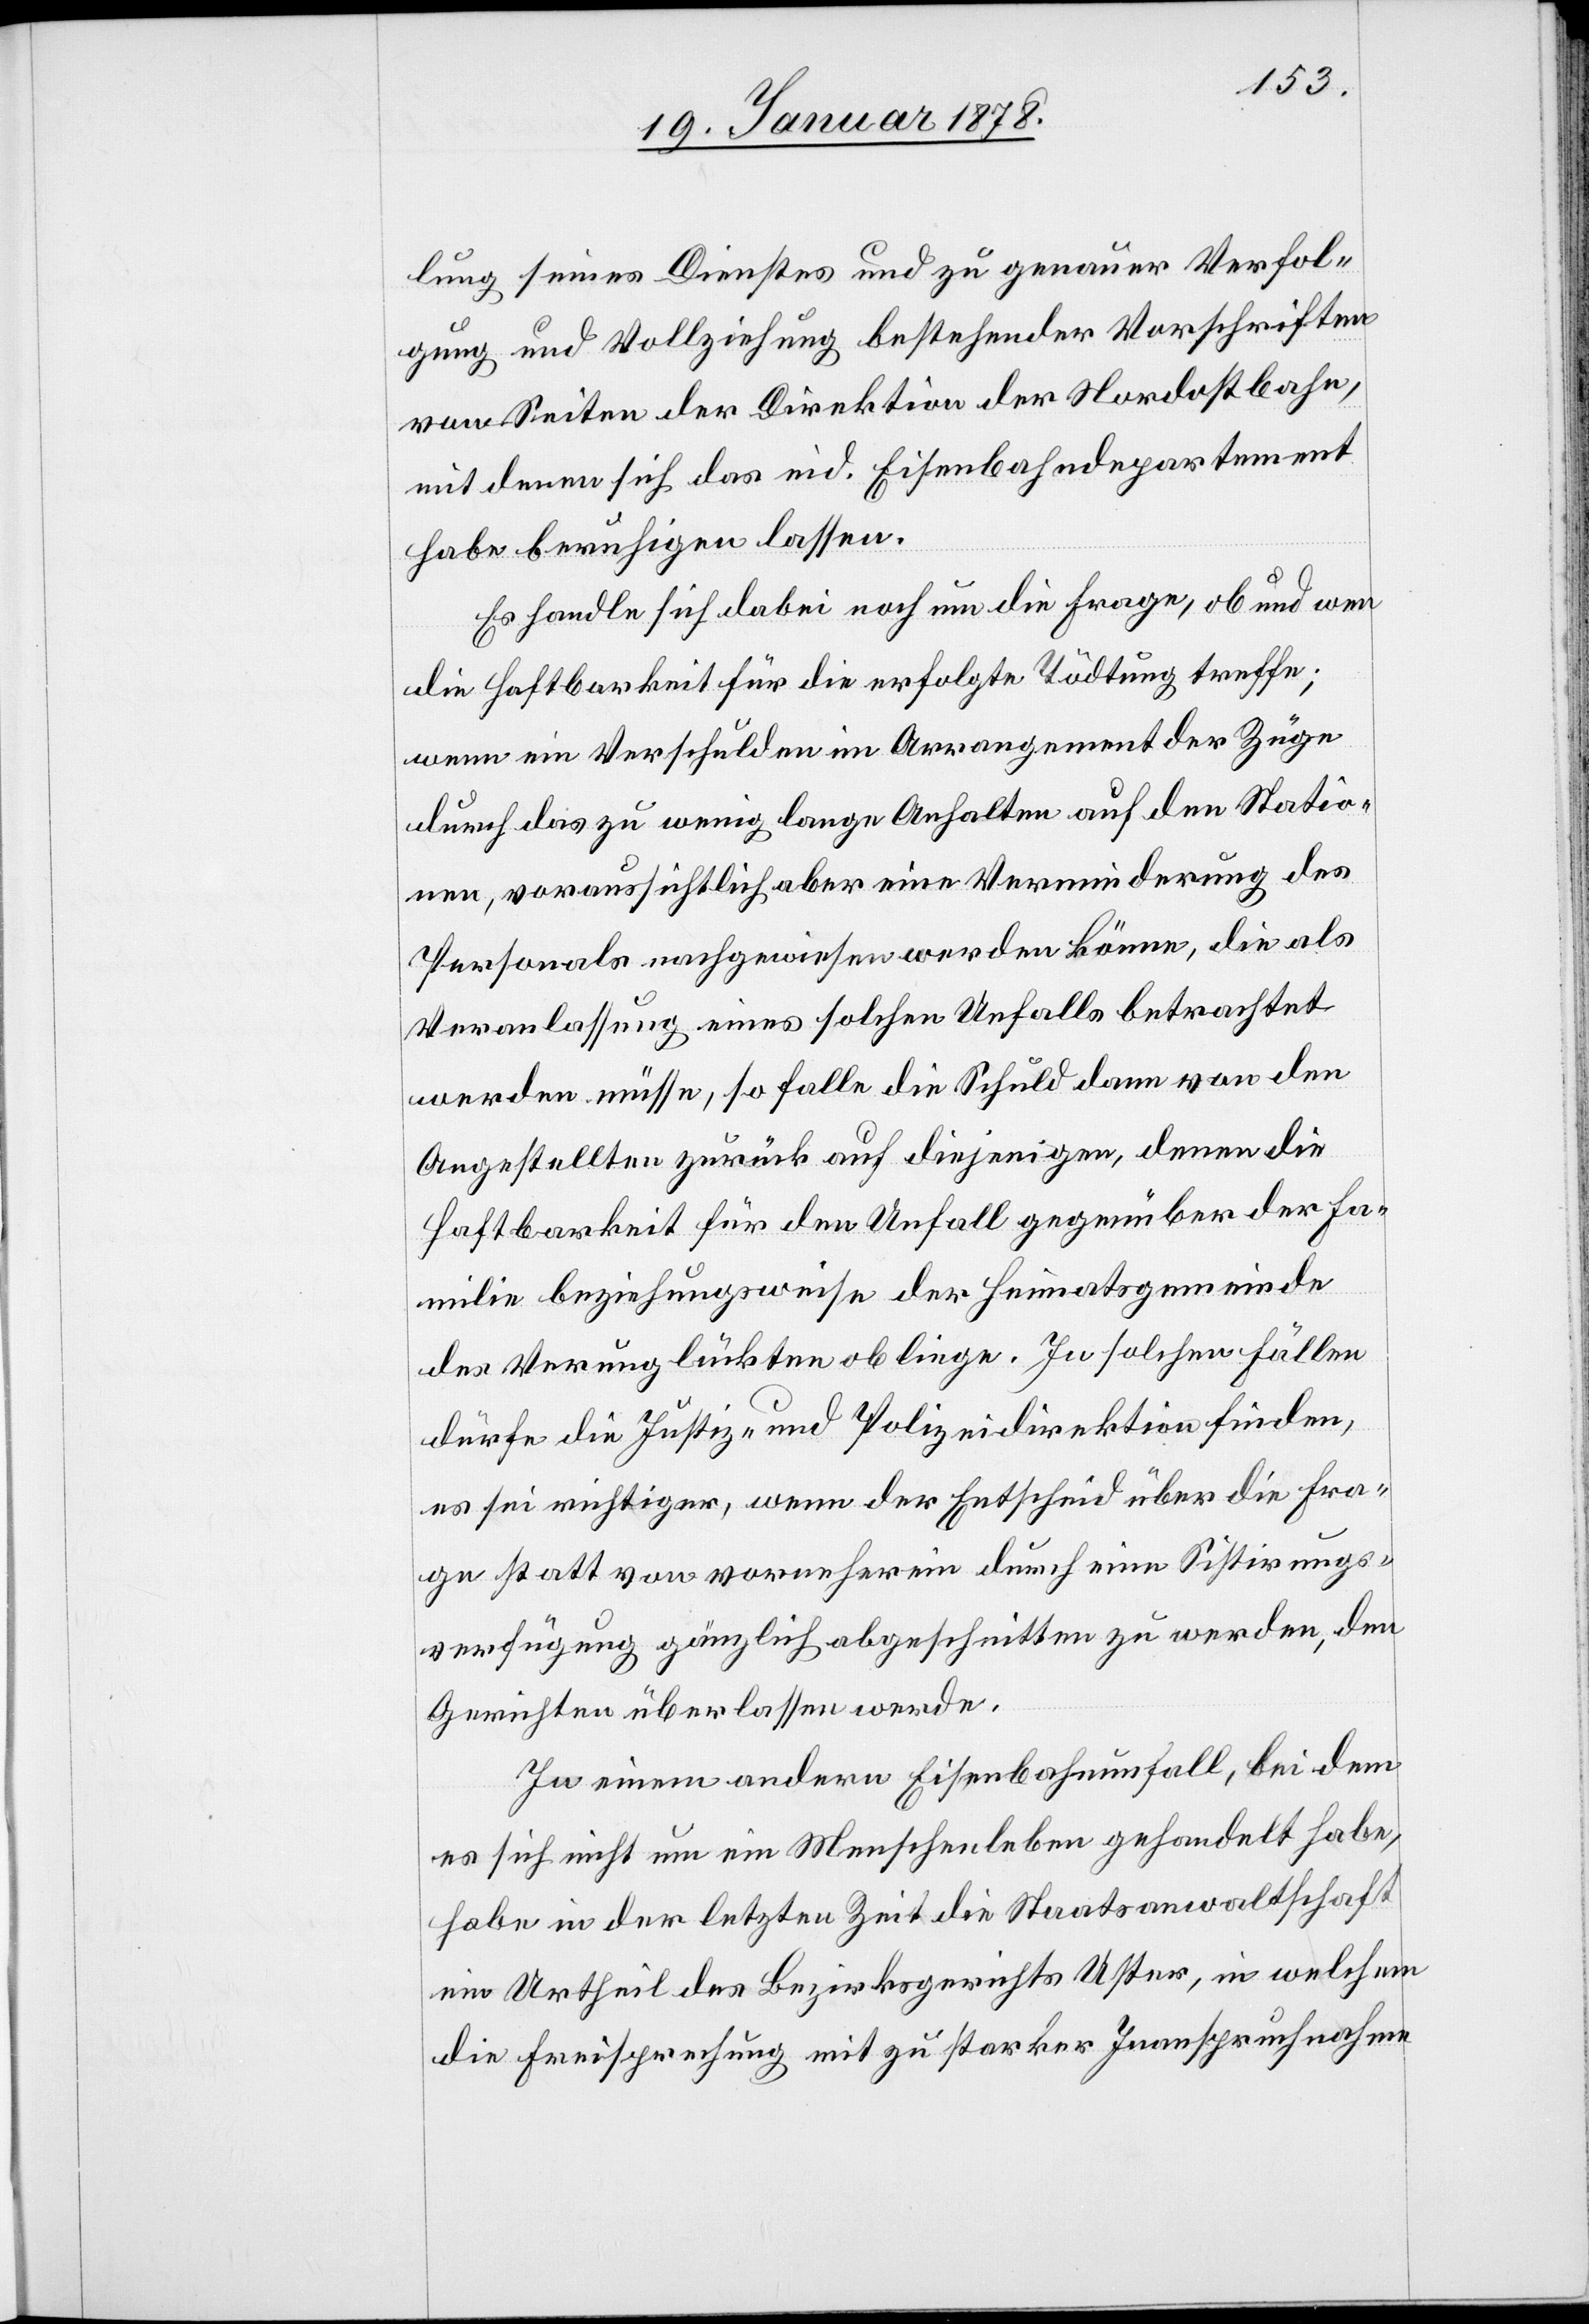
lung seines Dienstes und zu genauer Verfol¬
gung und Vollziehung bestehender Vorschriften
von Seiten der Direktion der Nordostbahn,
mit denen sich das eid. Eisenbahndepartement
habe beruhigen lassen.
Es handle sich dabei noch um die Frage, ob und wen
die Haftbarkeit für die erfolgte Tödtung treffe;
wenn ein Verschulden im Arrangement der Züge
durch das zu wenig lange Anhalten auf den Statio¬
nen, voraussichtlich aber eine Verminderung des
Personals nachgewiesen werden könne, die als
Veranlassung eines solchen Unfalls betrachtet
werden müsse, so falle die Schuld dann von den
Angestellten zurück auf diejenigen, denen die
Haftbarkeit für den Unfall gegenüber der Fa¬
milie beziehungsweise der Heimatsgemeinde
des Verunglückten obliege. In solchen Fällen
dürfe die Justiz- und Polizeidirektion finden,
es sei richtiger, wenn der Entscheid über die Fra¬
ge statt von vornherein durch eine Sistirungs¬
verfügung gänzlich abgeschnitten zu werden, den
Gerichten überlassen werde.
In einem andern Eisenbahnunfall, bei dem
es sich nicht um ein Menschenleben gehandelt habe,
habe in der letzten Zeit die Staatsanwaltschaft
ein Urtheil des Bezirksgerichts Uster, in welchem
die Freisprechung mit zu starker Inanspruchnahme